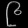
Digit: ၉